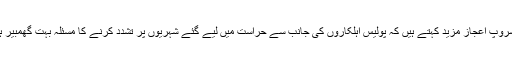
‘‘ سروپ اعجاز مزید کہتے ہیں کہ پولیس اہلکاروں کی جانب سے حراست میں لیے گئے شہریوں پر تشدد کرنے کا مسئلہ بہت گھمبیر ہے۔